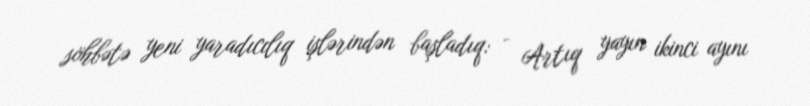
söhbətə yeni yaradıcılıq işlərindən başladıq: - Artıq yayın ikinci ayını